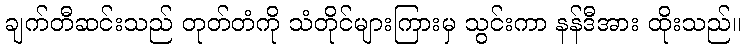
ချက်တီဆင်းသည် တုတ်တံကို သံတိုင်များကြားမှ သွင်းကာ နန်ဒီအား ထိုးသည်။